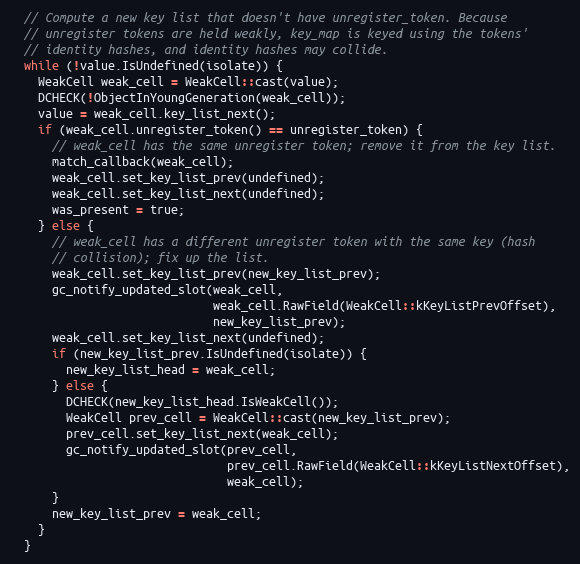
Language: C
  // Compute a new key list that doesn't have unregister_token. Because
  // unregister tokens are held weakly, key_map is keyed using the tokens'
  // identity hashes, and identity hashes may collide.
  while (!value.IsUndefined(isolate)) {
    WeakCell weak_cell = WeakCell::cast(value);
    DCHECK(!ObjectInYoungGeneration(weak_cell));
    value = weak_cell.key_list_next();
    if (weak_cell.unregister_token() == unregister_token) {
      // weak_cell has the same unregister token; remove it from the key list.
      match_callback(weak_cell);
      weak_cell.set_key_list_prev(undefined);
      weak_cell.set_key_list_next(undefined);
      was_present = true;
    } else {
      // weak_cell has a different unregister token with the same key (hash
      // collision); fix up the list.
      weak_cell.set_key_list_prev(new_key_list_prev);
      gc_notify_updated_slot(weak_cell,
                             weak_cell.RawField(WeakCell::kKeyListPrevOffset),
                             new_key_list_prev);
      weak_cell.set_key_list_next(undefined);
      if (new_key_list_prev.IsUndefined(isolate)) {
        new_key_list_head = weak_cell;
      } else {
        DCHECK(new_key_list_head.IsWeakCell());
        WeakCell prev_cell = WeakCell::cast(new_key_list_prev);
        prev_cell.set_key_list_next(weak_cell);
        gc_notify_updated_slot(prev_cell,
                               prev_cell.RawField(WeakCell::kKeyListNextOffset),
                               weak_cell);
      }
      new_key_list_prev = weak_cell;
    }
  }